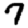
Digit: 7